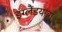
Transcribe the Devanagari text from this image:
इंग्लैंडयात्रा